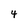
Character: 4